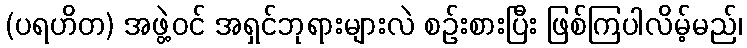
(ပရဟိတ) အဖွဲ့ဝင် အရှင်ဘုရားများလဲ စဉ်းစားပြီး ဖြစ်ကြပါလိမ့်မည်၊